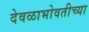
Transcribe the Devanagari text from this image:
देवळाभोवतीच्या